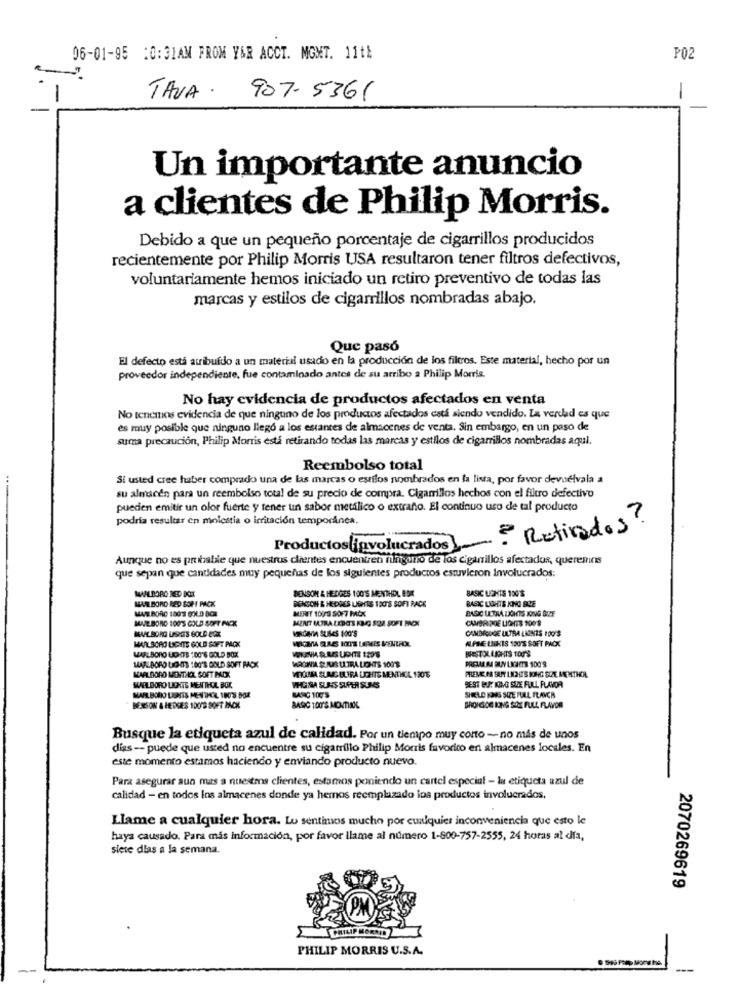
06-01-95 10:31AM FROM Y&R ACCT. MGMT. 11th
P02
TAVA .
907-5361
-
Un importante anuncio
a clientes de Philip Morris.
Debido a que un pequeño porcentaje de cigarrillos producidos
recientemente por Philip Morris USA resultaron tener filtros defectivos,
voluntariamente hemos iniciado un retiro preventivo de todas las
marcas y estilos de cigarrillos nombradas abajo.
Que pasó
El defecto está atribuído a un material usado en la producción de los filtros. Este material, hecho por un
proveedor independiente, fue contaminado antes de su arribo a Philip Morris.
No hay evidencia de productos afectados en venta
No tencios cvidencia de que ninguno de los productos afectados está siendo vendido. La verdad es que
es muy posible que ninguno llego a los estantes de almacenes de venta. Sin embargo, en un paso de
suma precaución, Philip Morris está retirando todas las marcas y estilos de cigarrillos nombradas aqual.
Reembolso total
Si usted cree haber comprado una de las marcas o estilos nombrados en la lista, por favor devuelvala a
su almacén para un reembolso total de su precio de compra. Cigarrillos hechos con el filtro defective
pueden emitir un olor fuerte y tener un sabor metálico o extraño. El continuo uso de tal producto
podría resultar en molestia o irritación temporanea.
= Retirados ?
Productoslinvolucrados
Aunque no es probable que nuestros clientes encuentren ninguno de los cigarrillos afectados, queremos
que sepan que cantidades muy pequenas de los siguientes productos estuvieron Involucrados:
BENSON & HEDGES 100'S MENTHOL BON
BASIC LIGHTS 100%
MARLBORO RED SOFI PACK
MALBORO NED BOX
BENTON & HEDGES LIGHTS TOO'S SOFT RACK
BASIC LIGHTS KNO BLE
MARLBORO 180'3 93LD BCH
MERIT 100 3 SOF7 PACK
BASIC ULTRA LIGHTS JONG DIZE
SUVE BORO 100'S GOLD SOFT FICK
MENT MORA LEDES KING SIZE SOFT PACK
CAMBRIDGE LIGHTS 1009
VIRGINIA SUISES 100'S
CAMBRIDGE ULTRA LAINTS 100'8
ALPINE LIGKIS 120'S SOFT PACK
MARLBORO LIGHTS GOLD SOFT PACK
MARLBORO LOKTE :00'S GOLD BOX
RIESTOL LIGHTS TO0'S
MARLBORO LIGHTS 180'S GOLD SOFT PACK
VIRGINIA SUUS ULTRA LIONTS 100%
PRESAALIMI BUY LIGHETS 100'9
MARLBORO MENTHOL SOFT MO
MIOMA SUNG ELFRA UGHTS MENTHOL 1306
FREME PA BURY LAPIS JONG SET MENTHOL
MARLBORO LICHTS MENTHOL BOX
PHORA SURES SUPER SUMS
BEST BUY JONG SIZE FULL FLAVOR
MARLBORO LORSIS MENTHOL 180'3 504
SIRELD KONS SIZE FULL FRANCR
BENSON & HEDGES 100'S SOFT MACK
BROICION LONG SOX FULL FLAVOR
Busque la etiqueta azul de calidad. Por un tiempo muy corto - no más de unos
diss -- puede que usted no encuentre su cigarrillo Philip Morris favorito en almacenes locales. En
este momento estamos haciendo y enviando producto nuevo.
Para asegurar aun mas a nuestros clientes, estamos pomiendo un cartel especial - lu etiqueta azul de
calidad - en todos los almacenes donde ya hemos reemplazado los productos involucrados,
Llame a cualquier hora. Lo sentimos mucho por cualquier inconveniencia que esto le
haya causado. Para más información, por favor llame al número 1-800-757-2555, 24 horas al día,
siete dias a la semana.
2070269619
PHILIP M
PHILIP MORRIS U.S.A.
--